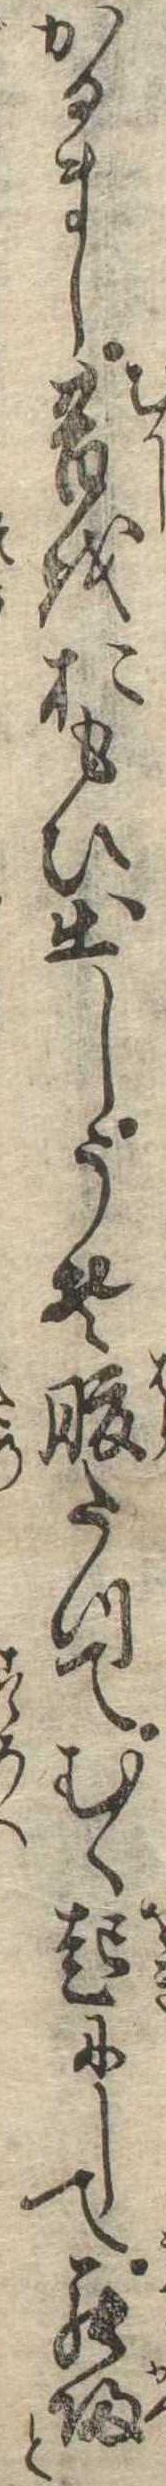
かるまし昔をおもひ出しうそ腹たつてむく起にして罷帰と